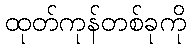
ထုတ်ကုန်တစ်ခုကို